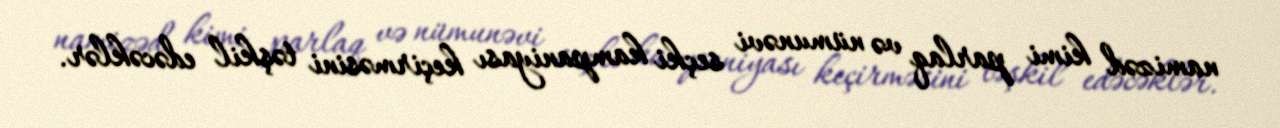
namizəd kimi parlaq və nümunəvi seçki kampaniyası keçirməsini təşkil edəcəklər.